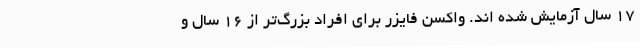
17 سال آزمایش شده اند. واکسن فایزر برای افراد بزرگ‌تر از 16 سال و